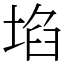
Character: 埳